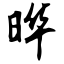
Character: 晔